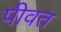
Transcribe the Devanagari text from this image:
पीवत